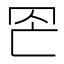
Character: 𦊀